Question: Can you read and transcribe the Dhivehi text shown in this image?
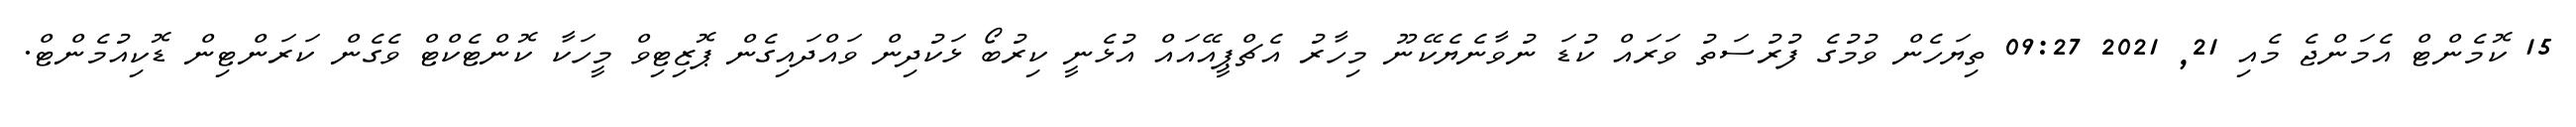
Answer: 15 ކޮމެންޓް އެމަންޖެ މެއި 21, 2021 09:27 ތިޔަހެން ވުމުގެ ފުރުސަތު ވަރައް ކުޑަ ނުވާނެޔެކޭނޫ މިހާރު އެޗްޕީއޭއައް އުޅެނީ ކިރުބޯ ޅަކުދިން ވައްދައިގެން ޕޮޒިޓިވް މީހަކާ ކޮންޓެކްޓް ވެގެން ކަރަންޓިން ޑޮކިއުމެންޓް.